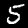
Label: 5